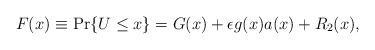
LaTeX: \begin{align*}F(x) \equiv \Pr\{U \le x\}=G(x)+\epsilon g(x)a(x) + R_2(x),\end{align*}